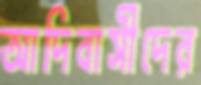
আদিবাসীদের